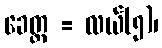
ခေတ္တ = လယ်(၅)၊